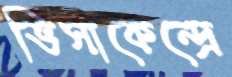
ভিসাকেন্দ্রে